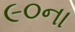
૯૦ના